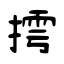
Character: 摴